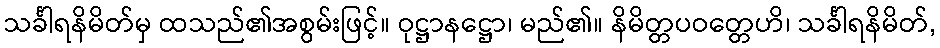
သင်္ခါရနိမိတ်မှ ထသည်၏အစွမ်းဖြင့်။ ဝုဋ္ဌာနဋ္ဌော၊ မည်၏။ နိမိတ္တပဝတ္တေဟိ၊ သင်္ခါရနိမိတ်,